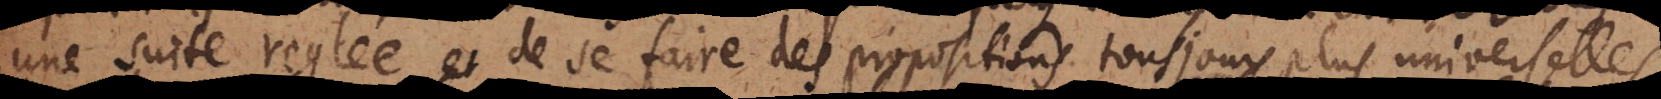
une suite reglée et de se faire des propositions tousjours plus universelles